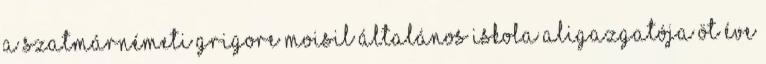
a szatmárnémeti Grigore Moisil Általános Iskola aligazgatója öt éve